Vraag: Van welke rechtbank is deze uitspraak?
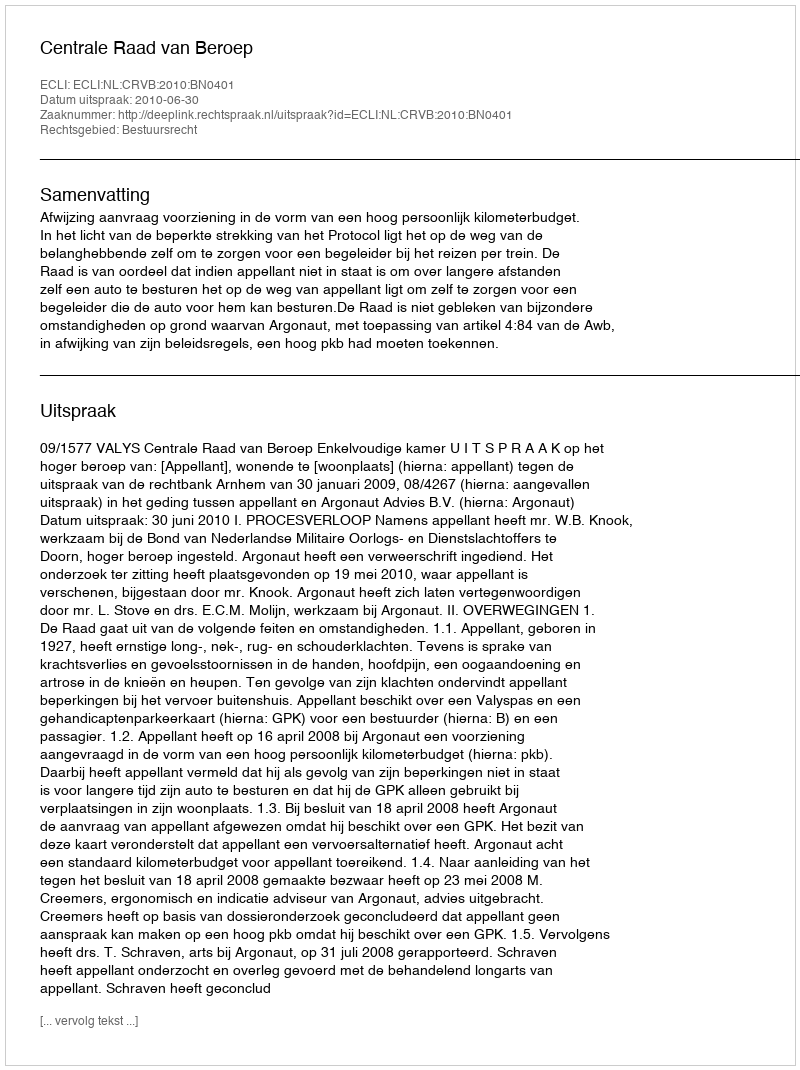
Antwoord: Centrale Raad van Beroep